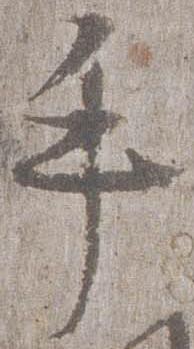
手